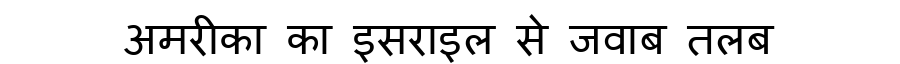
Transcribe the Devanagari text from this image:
अमरीका का इसराइल से जवाब तलब